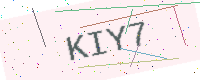
Text: KIY7